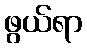
ဖွယ်ရာ